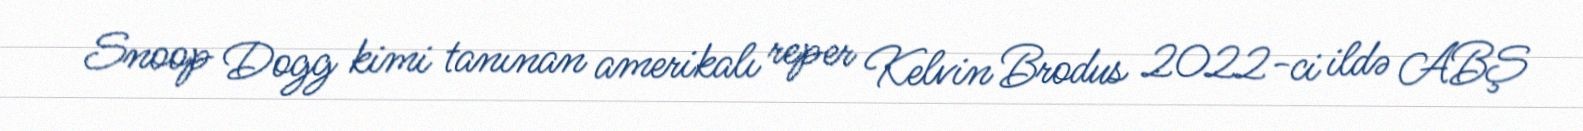
Snoop Dogg kimi tanınan amerikalı reper Kelvin Brodus 2022-ci ildə ABŞ